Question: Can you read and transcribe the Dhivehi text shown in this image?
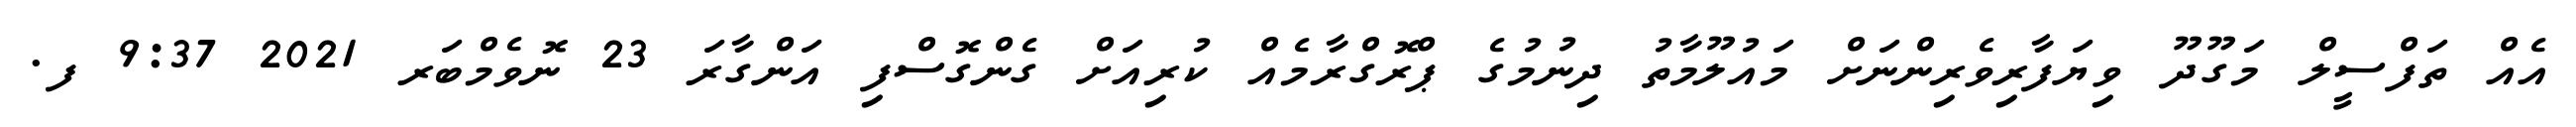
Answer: އެއް ތަފްސީލް މަގޫދޫ ވިޔަފާރިވެރިންނަށް މައުލޫމާތު ދިނުމުގެ ޕްރޮގްރާމެއް ކުރިއަށް ގެންގޮސްފި އަންގާރަ 23 ނޮވެމްބަރ 2021 9:37 ފ.